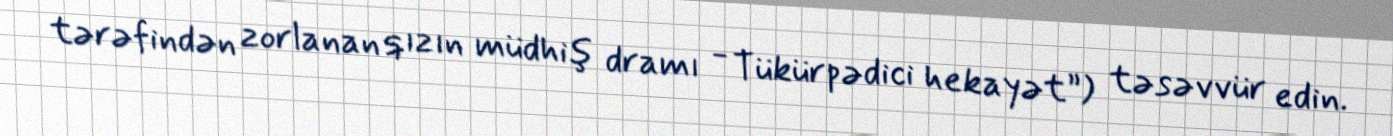
tərəfindən zorlanan qızın müdhiş dramı - Tükürpədici hekayət”) təsəvvür edin.